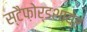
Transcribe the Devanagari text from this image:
स्टैफ़ोर्डशायर